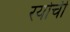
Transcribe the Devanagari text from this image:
रयोची